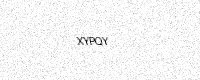
Text: XYPQY